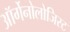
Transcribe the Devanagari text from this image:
ऑर्गेनोलोजिस्ट